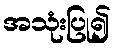
အသုံးပြု၍